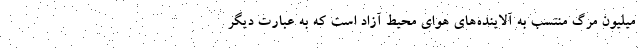
میلیون مرگ منتسب به آلاینده‌های هوای محیط آزاد است که به عبارت دیگر